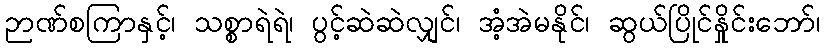
ဉာဏ်စကြာနှင့်၊ သစ္စာရဲရဲ၊ ပွင့်ဆဲဆဲလျှင်၊ အံ့အဲမနိုင်၊ ဆွယ်ပြိုင်နှိုင်းဘော်၊